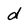
Character: d